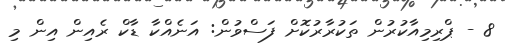
8 - ޕްރިމިއާކުރުން ތަކުރާރުކޮށް ފަސްވުން: އަނެއްކާ ޑާކް ރެއިން އިން މި